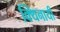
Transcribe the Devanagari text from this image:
क्थिनायीँ